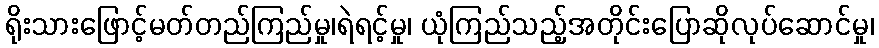
ရိုးသားဖြောင့်မတ်တည်ကြည်မှု၊ရဲရင့်မှု၊ ယုံကြည်သည့်အတိုင်းပြောဆိုလုပ်ဆောင်မှု၊